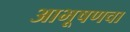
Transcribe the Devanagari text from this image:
आभूषणचा